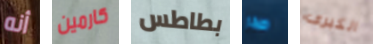
أنه كارمين بطاطس صدر الكبرى